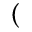
(